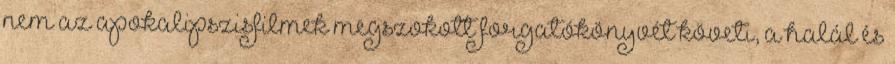
nem az apokalipszisfilmek megszokott forgatókönyvét követi, a halál és